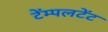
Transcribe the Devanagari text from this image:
टेंम्पलटेंट